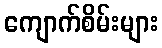
ကျောက်စိမ်းများ